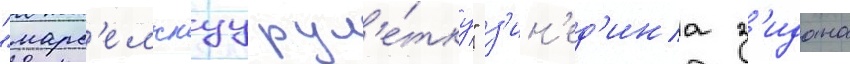
"марс'ельскуу рул'е́тку" з'ин'ед'ина з'идана